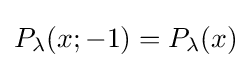
P_{\lambda }(x;-1)=P_{\lambda }(x)